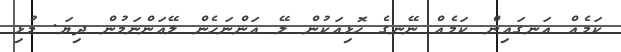
ކަމެއް އަނގައިން ކަމެއް ނޭނގެ ހޮޅިއަކުން ލޭ އަންނަހެން ލޭއަންނަމުން ދިޔަ. މުޅި